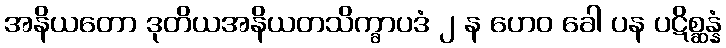
အနိယတော ဒုတိယအနိယတသိက္ခာပဒံ ၂ န ဟေဝ ခေါ ပန ပဋိစ္ဆန္နံ